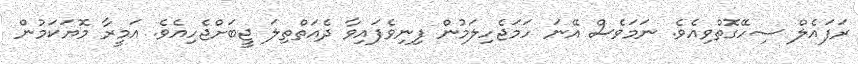
ރަފައެލް ސިހޭގޮތްވިއެވެ. ނަމަވެސް އޭނަ ހަމަޖެހިލަމުން ފިނިވެފައިވާ ދެއަތްތިލަ ޖީބަށްޖެހިއެވެ. އަމީރާ މޮޔަކަމުން